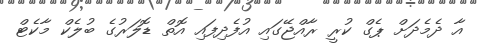
އާ ދެމެދަށް ޕެގް ކުރީ ރާއްޖޭގައި އުފެދިފައި އޮތް ޑޮލަރުގެ ބުލެކް މާކެޓް